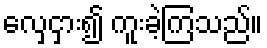
လှေငှား၍ ကူးခဲ့ကြသည်။